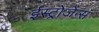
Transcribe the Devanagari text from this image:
ईस्ट्रोजेन्स